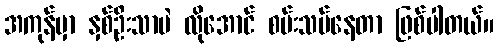
အကုန်မှာ နှစ်ဦးသာပဲ လိုအောင် စမ်းသပ်နေတာ ဖြစ်ပါတယ်။